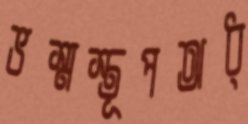
ভস্মস্তূপঅধ্